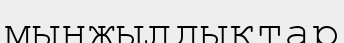
мыңжылдықтар